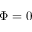
\Phi = 0